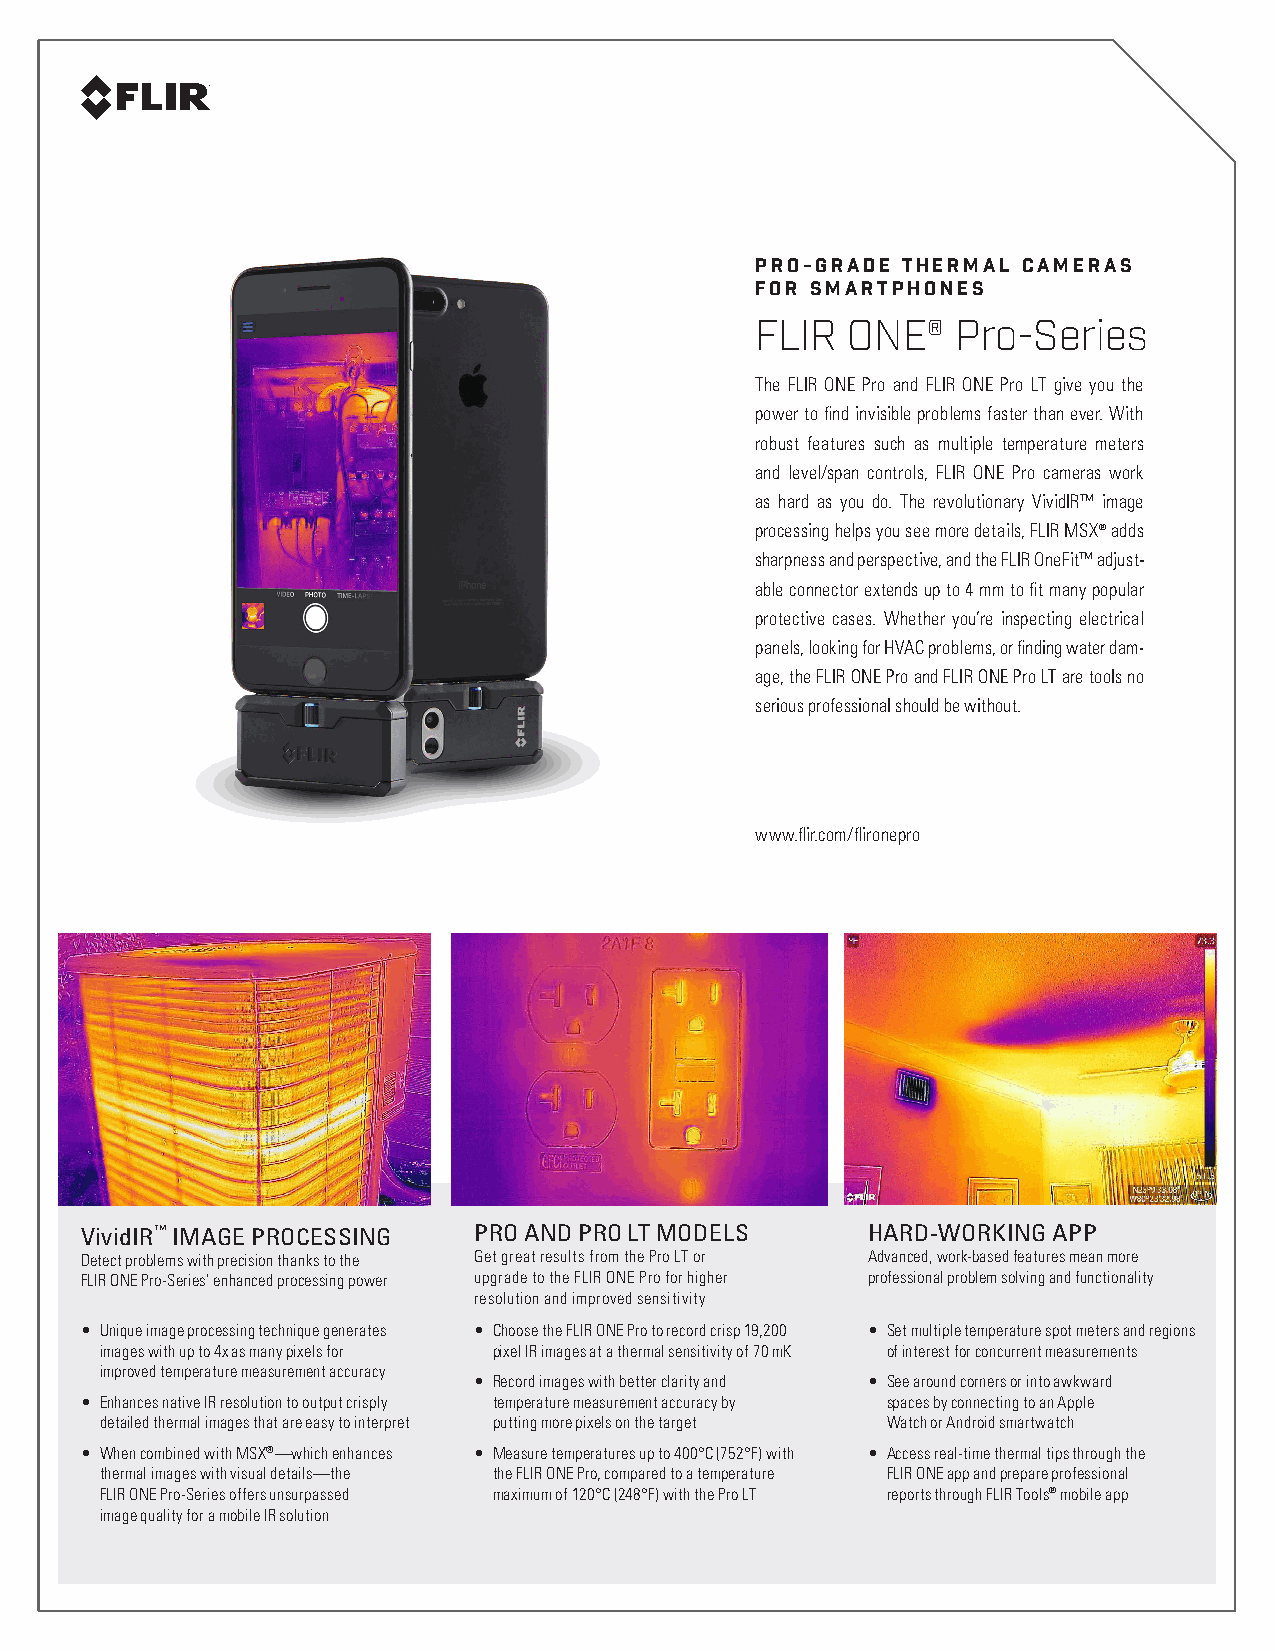
PRO-GRADE THERMAL CAMERAS
 FOR SMARTPHONES
 FLIR  ONE®   Pro-Series
 The FLIR ONE Pro and FLIR ONE Pro LT give you the
 power to find invisible problems faster than ever. With
 robust features such as multiple temperature meters
 and level/span controls, FLIR ONE Pro cameras work
 as hard as you do. The revolutionary VividIR™ image
 processing helps you see more details, FLIR MSX® adds
 sharpness and perspective, and the FLIR OneFit™ adjust-
 able connector extends up to 4 mm to fit many popular
 protective cases. Whether you’re inspecting electrical
 panels, looking for HVAC problems, or finding water dam-
 age, the FLIR ONE Pro and FLIR ONE Pro LT are tools no
 serious professional should be without.
 www.flir.com/flironepro
 VividIR™ IMAGE PROCESSING PRO AND PRO LT MODELS     HARD-WORKING APP
 Detect problems with precision thanks to the Get great results from the Pro LT or Advanced, work-based features mean more
 FLIR ONE Pro-Series’ enhanced processing power upgrade to the FLIR ONE Pro for higher professional problem solving and functionality
 resolution and improved sensitivity
 • Unique image processing technique generates • Choose the FLIR ONE Pro to record crisp 19,200 • Set multiple temperature spot meters and regions
 images with up to 4x as many pixels for pixel IR images at a thermal sensitivity of 70 mK of interest for concurrent measurements
 improved temperature measurement accuracy
 • Record images with better clarity and • See around corners or into awkward
 • Enhances native IR resolution to output crisply temperature measurement accuracy by spaces by connecting to an Apple
 detailed thermal images that are easy to interpret putting more pixels on the target Watch or Android smartwatch
 • When combined with MSX®—which enhances • Measure temperatures up to 400°C (752°F) with • Access real-time thermal tips through the
 thermal images with visual details—the the FLIR ONE Pro, compared to a temperature FLIR ONE app and prepare professional
 FLIR ONE Pro-Series offers unsurpassed maximum of 120°C (248°F) with the Pro LT reports through FLIR Tools® mobile app
 image quality for a mobile IR solution